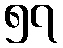
၅၇